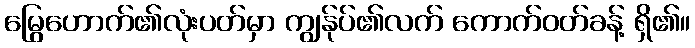
မြွေဟောက်၏လုံးပတ်မှာ ကျွန်ုပ်၏လက် ကောက်ဝတ်ခန့် ရှိ၏။